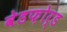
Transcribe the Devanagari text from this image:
वेडफ़ोर्ड